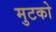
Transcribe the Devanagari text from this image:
मुटको